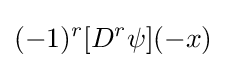
(-1)^{r}[D^{r}\psi ](-x)